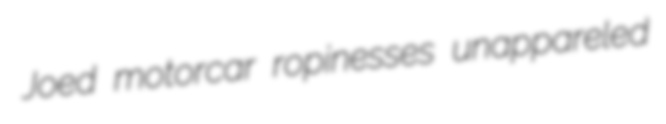
Joed motorcar ropinesses unappareled